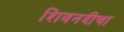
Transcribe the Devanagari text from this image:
शिवनदीचा